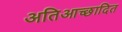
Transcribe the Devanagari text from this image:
अतिआच्छादित